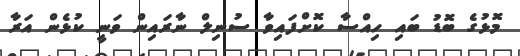
މޮޅުގެ ބޮޑު ބައި ހިއްސާ ކޮށްފައިވާ ސުނިލް ނާރައިން ވަނީ ކުޅެން އަރާ